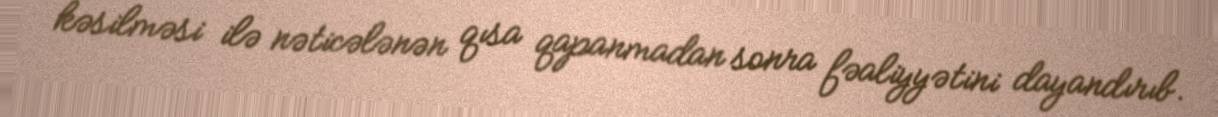
kəsilməsi ilə nəticələnən qısa qapanmadan sonra fəaliyyətini dayandırıb.